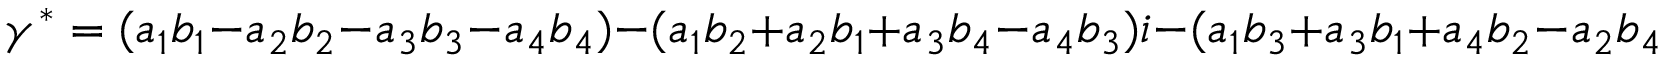
\gamma ^ { * } = ( a _ { 1 } b _ { 1 } - a _ { 2 } b _ { 2 } - a _ { 3 } b _ { 3 } - a _ { 4 } b _ { 4 } ) - ( a _ { 1 } b _ { 2 } + a _ { 2 } b _ { 1 } + a _ { 3 } b _ { 4 } - a _ { 4 } b _ { 3 } ) i - ( a _ { 1 } b _ { 3 } + a _ { 3 } b _ { 1 } + a _ { 4 } b _ { 2 } - a _ { 2 } b _ { 4 } ) j - ( a _ { 1 } b _ { 4 } + a _ { 4 } b _ { 1 } + a _ { 2 } b _ { 3 } - a _ { 3 } b _ { 2 } ) k